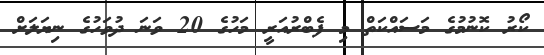
ކޯރު ކޮނުމުގެ މަސައްކަތް މި ފެބްރުއަރީ މަހުގެ 20 ވަނަ ދުވަހުގެ ނިޔަލަށް